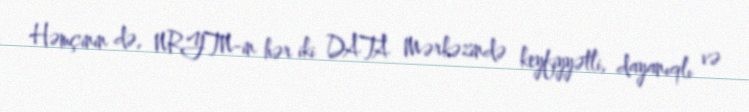
Həmçinin də, NRYTN-in hər iki DATA Mərkəzində keyfiyyətli, dayanıqlı və